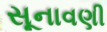
સૂનાવણી